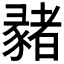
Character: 𢑳